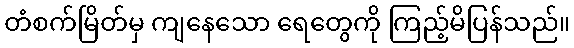
တံစက်မြိတ်မှ ကျနေသော ရေတွေကို ကြည့်မိပြန်သည်။